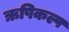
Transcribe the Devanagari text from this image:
ऋषिकल्प